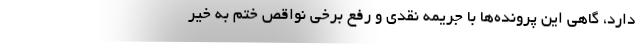
دارد، گاهی این پرونده‌ها با جریمه نقدی و رفع برخی نواقص ختم به خیر